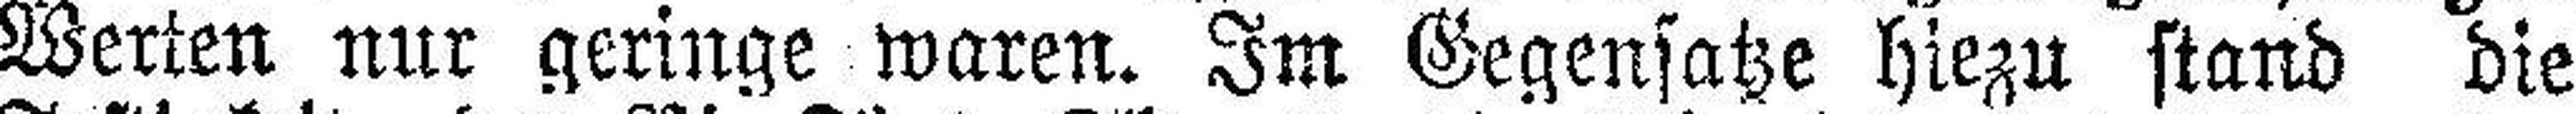
Werten nur geringe waren. Im Gegensatze hiezu stand die